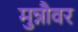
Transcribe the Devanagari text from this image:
मुन्नौवर